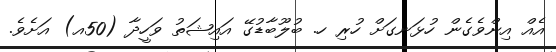
އެއް އިންވެގެން ހުޅަނގަށް ހުރި ހ. ބުލޫބާޑުގޭ އައިޝަތު ވަހީދާ (50އ) އަށެވެ.